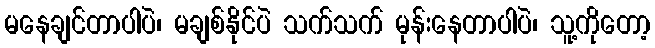
မနေချင်တာပါပဲ၊ မချစ်နိုင်ပဲ သက်သက် မုန်းနေတာပါပဲ၊ သူ့ကိုတော့